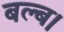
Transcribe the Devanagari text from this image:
बल्ब।